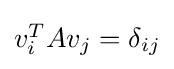
{\textstyle v_{i}^{T}Av_{j}=\delta _{ij}}